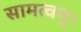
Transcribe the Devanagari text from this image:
सामत्वम्‌।